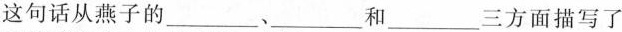
这句话从燕子的___、___和___三方面描写了